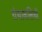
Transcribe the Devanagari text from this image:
ग्रंथावलियाँ